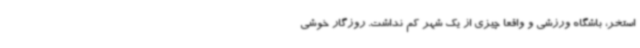
استخر، باشگاه ورزشی و واقعا چیزی از یک شهر کم نداشت. روزگار خوشی